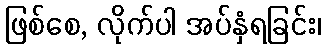
ဖြစ်စေ, လိုက်ပါ အပ်နှံရခြင်း၊